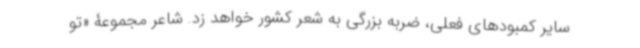
سایر کمبودهای فعلی، ضربه بزرگی به شعر کشور خواهد زد. شاعر مجموعۀ «تو